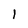
Character: 1